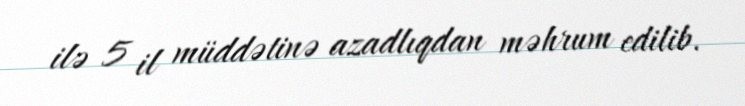
ilə 5 il müddətinə azadlıqdan məhrum edilib.